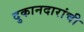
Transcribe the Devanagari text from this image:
दुकानदारांची